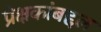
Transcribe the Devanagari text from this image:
प्रेक्षकांबद्दल